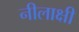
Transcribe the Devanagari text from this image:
नीलाक्षी